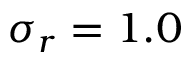
\sigma _ { r } = 1 . 0